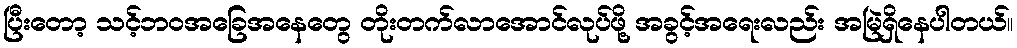
ပြီးတော့ သင့်ဘဝအခြေအနေတွေ တိုးတက်လာအောင်လုပ်ဖို့ အခွင့်အရေးလည်း အမြဲရှိနေပါတယ်။